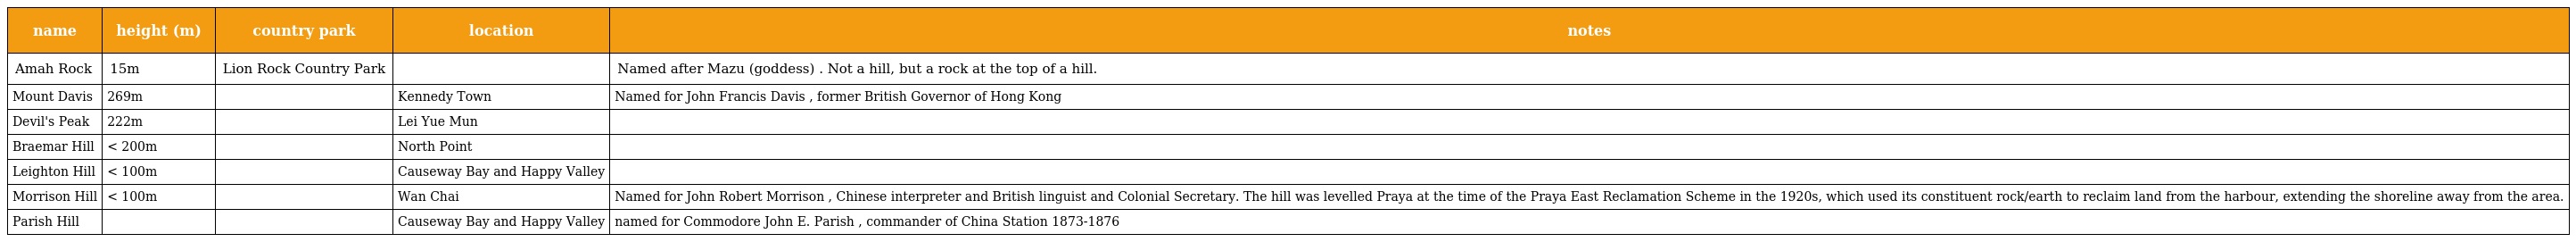
| name | height (m) | country park | location | notes |
 | --- | --- | --- | --- | --- |
 | Amah Rock | 15m | Lion Rock Country Park |  | Named after Mazu (goddess) . Not a hill, but a rock at the top of a hill. |
 | Mount Davis | 269m |  | Kennedy Town | Named for John Francis Davis , former British Governor of Hong Kong |
 | Devil's Peak | 222m |  | Lei Yue Mun |  |
 | Braemar Hill | < 200m |  | North Point |  |
 | Leighton Hill | < 100m |  | Causeway Bay and Happy Valley |  |
 | Morrison Hill | < 100m |  | Wan Chai | Named for John Robert Morrison , Chinese interpreter and British linguist and Colonial Secretary. The hill was levelled Praya at the time of the Praya East Reclamation Scheme in the 1920s, which used its constituent rock/earth to reclaim land from the harbour, extending the shoreline away from the area. |
 | Parish Hill |  |  | Causeway Bay and Happy Valley | named for Commodore John E. Parish , commander of China Station 1873-1876 |